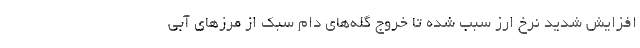
افزایش شدید نرخ ارز سبب شده تا خروج گله‌های دام سبک از مرزهای آبی